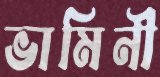
ভামিনী